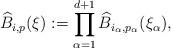
LaTeX: \begin{align*} \widehat{B}_{{i},{p}}({\xi}) := \prod\limits_{\alpha=1}^{d+1}\widehat{B}_{i_\alpha,p_\alpha}(\xi_{\alpha}),\end{align*}